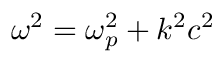
\omega ^ { 2 } = \omega _ { p } ^ { 2 } + k ^ { 2 } c ^ { 2 }